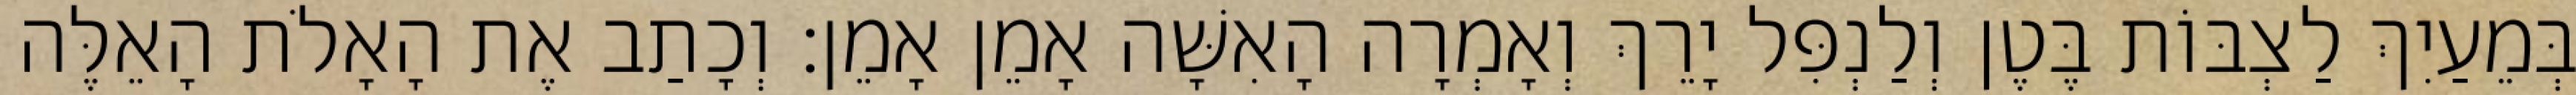
בְּמֵעַיִךְ לַצְבּוֹת בֶּטֶן וְלַנְפִּל יָרֵךְ וְאָמְרָה הָאִשָּׁה אָמֵן אָמֵן׃ וְכָתַב אֶת הָאָלֹת הָאֵלֶּה